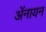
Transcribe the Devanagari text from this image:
ॲनायन